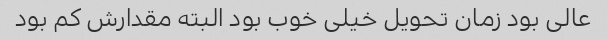
عالی بود زمان تحویل خیلی خوب بود البته مقدارش کم بود